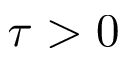
\tau > 0